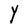
Character: Y